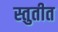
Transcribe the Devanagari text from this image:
स्तुतीत